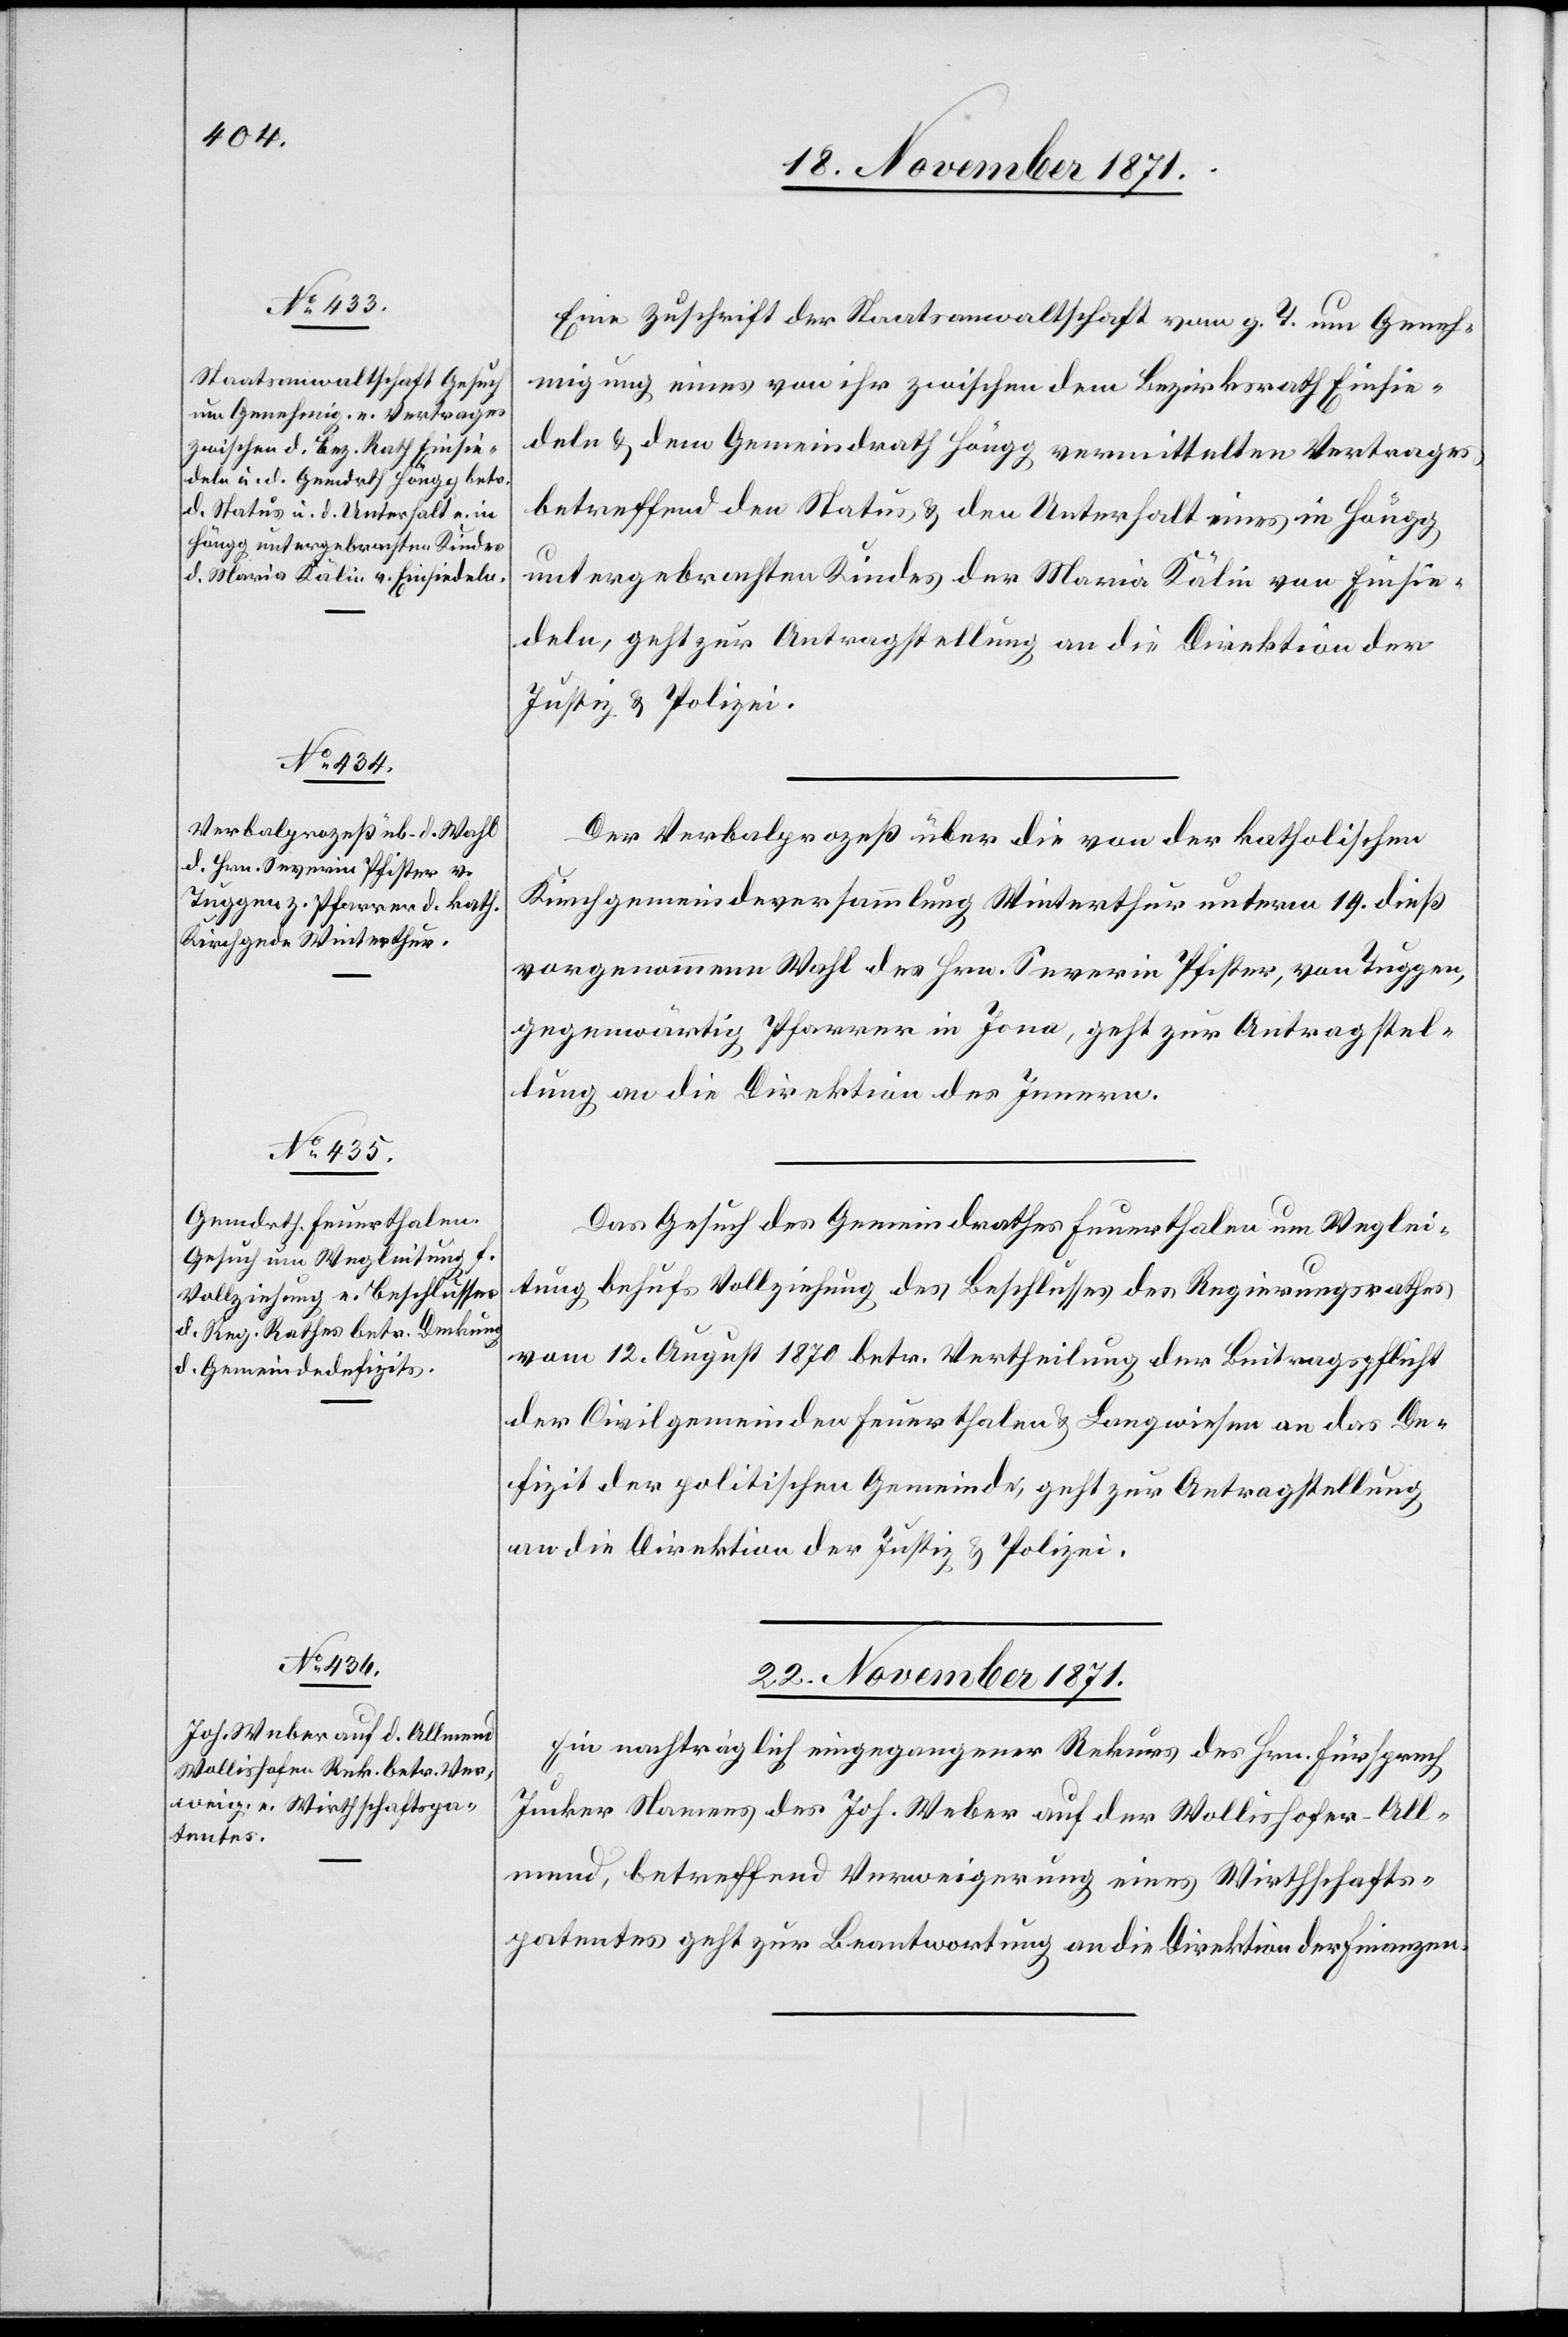
21. November 1871.]
Eine Zuschrift der Staatsanwaltschaft vom g. T. um Geneh¬
migung eines von ihr zwischen dem Bezirksrath Einsie¬
deln & dem Gemeindrath Höngg vermittelten Vertrages
betreffen den Status & den Unterhalt eines in Höngg
untergebrachten Kindes der Maria Kälin von Einsie¬
deln, geht zur Antragstellung an die Direktion der
Justiz & Polizei.
Der Verbalprozeß über die von der katholischen
Kirchgemeindeversammlung Winterthur unterm 19. dieß
vorgenommene Wahl des Hrn. Severin Pfister, von Tuggen,
gegenwärtig Pfarrer in Jona, geht zur Antragstel¬
lung an die Direktion des Innern.
Das Gesuch des Gemeindrathes Feuerthalen um Weglei¬
tung behufs Vollziehung des Beschlusses des Regierungsrathes
vom 12. August 1870 betr. Vertheilung der Beitragspflicht
der Civilgemeinden Feuerthalen & Langwiesen an das De¬
fizit der politischen Gemeinde, geht zur Antragstellung
an die Direktion der Justiz & Polizei.
22. November 1871.
Ein nachträglich eingegangener Rekurs des Hrn. Fürsprech
Junker Namens des Joh. Weber auf der Wollishofer-All¬
mend, betreffend Verweigerung eines Wirthschafts¬
patentes geht zur Beantwortung an die Direktion der Finanzen.